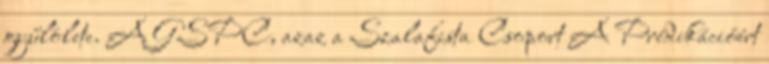
gyűlölete. A GSPC, azaz a Szalafista Csoport A Prédikációért